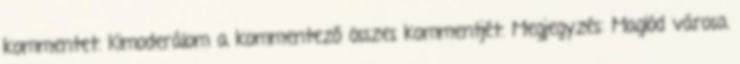
kommentet. Kimoderálom a kommentező összes kommentjét. Megjegyzés: Maglód városa